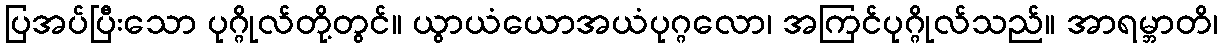
ပြအပ်ပြီးသော ပုဂ္ဂိုလ်တို့တွင်။ ယွာယံယောအယံပုဂ္ဂလော၊ အကြင်ပုဂ္ဂိုလ်သည်။ အာရမ္ဘာတိ၊